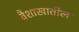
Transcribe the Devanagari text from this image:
वैशाखातील